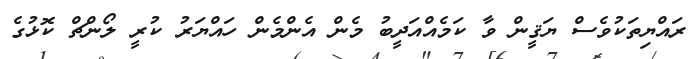
ރައްޔިތަކުވެސް ޔަޤީން ވާ ކަމެއްއަދީބު މެން އެންމެން ހައްޔަރު ކުރީ ލޯންޗް ކޮޅުގެ